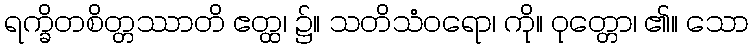
ရက္ခိတစိတ္တဿာတိ ဧတ္ထ၊ ၌။ သတိသံဝရော၊ ကို။ ဝုတ္တော၊ ၏။ သော